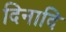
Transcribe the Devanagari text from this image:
दिनादि